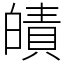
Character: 皟